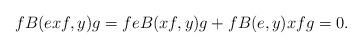
LaTeX: \begin{align*}fB(exf,y)g&=feB(xf,y)g+fB(e,y)xfg=0.\end{align*}